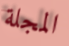
المجلة